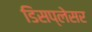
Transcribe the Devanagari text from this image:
डिसप्लेसर